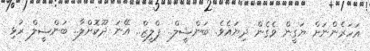
އަހަރެންނަށް ޔަގީން ވެގެން ދިޔައެވެ. ބަންޝީލް.. ޕްލީޒް.. އޭނަ ދޫކޮށްލާ.. ބަންޝީލް ރުޅި